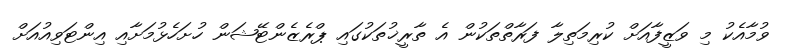
ވުމާއެކު މި ވަޒީފާއަށް ކުރިމަތިލާ ފަރާތްތަކުން އެ ތާރީޚުތަކުގައި ޕްރެޒެންޓޭޝަން ހުށަހެޅުމަށާއި އިންޓަވިއުއަށް